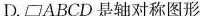
D.▱ABCD是轴对称图形